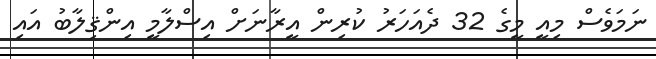
ނަމަވެސް މިއީ މީގެ 32 ދެއަހަރު ކުރިން އީރާނަށް އިސްލާމީ އިންޤިލާބު އައި